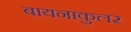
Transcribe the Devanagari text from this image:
बायनाकुलर